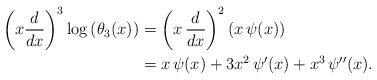
LaTeX: \begin{align*}\begin{aligned}\left(x \frac{d}{dx}\right)^3 \log \left( \theta_3(x) \right) & = \left(x \, \frac{d}{dx}\right)^2 \left(x \, \psi(x) \right)\\& = x \, \psi(x) + 3 x^2 \, \psi'(x) + x^3 \, \psi''(x).\end{aligned}\end{align*}